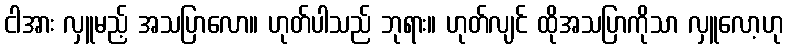
ငါအား လှူမည့် အသပြာလော။ ဟုတ်ပါသည် ဘုရား။ ဟုတ်လျင် ထိုအသပြာကိုသာ လှူလော့ဟု